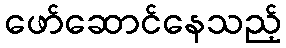
ဖော်ဆောင်နေသည့်